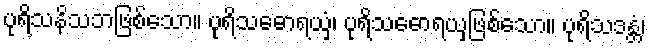
ပုရိသနိသဘဖြစ်သော။ ပုရိသဓောရယှံ၊ ပုရိသဓောရယှဖြစ်သော။ ပုရိသဒန္တံ၊